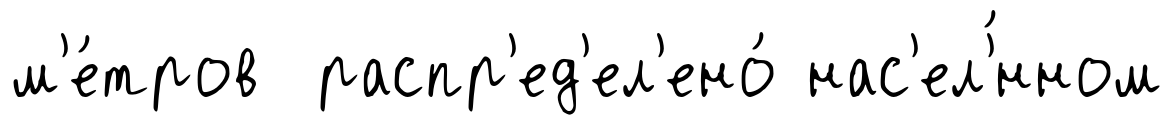
м'е́тров распр'ед'ел'ено́ нас'ел'́нном